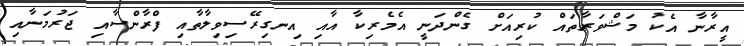
އީރާނާ އެކު މަޝްވަރާތައް ކުރިއަށް ގެންދަނީ އެމެރިކާ އާއި އިނގިރޭސިވިލާތާއި ފްރާންސާއި ޖަރުމަނާއި